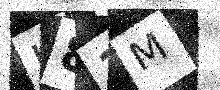
Text: K81M